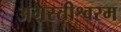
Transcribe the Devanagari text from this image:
अगस्तीश्वरम